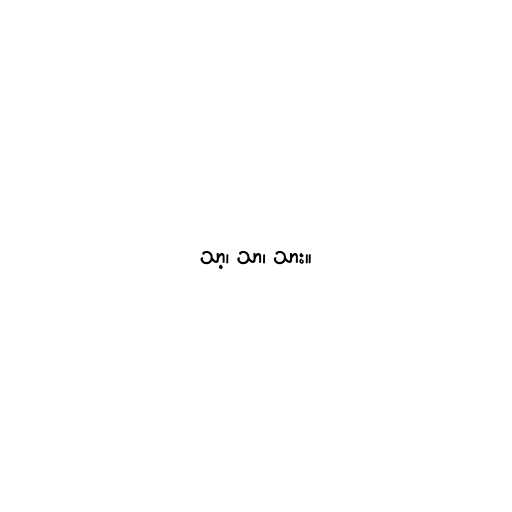
သာ့၊ သာ၊ သား။